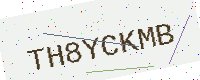
Text: TH8YCKMB